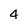
Character: 4